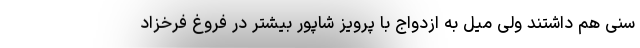
سنی هم داشتند ولی میل به ازدواج با پرویز شاپور بیشتر در فروغ فرخزاد